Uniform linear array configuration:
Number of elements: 32
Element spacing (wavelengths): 1
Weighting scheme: exponential
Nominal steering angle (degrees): -15
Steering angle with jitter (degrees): -14.784
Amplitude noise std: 0.05
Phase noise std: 0.05

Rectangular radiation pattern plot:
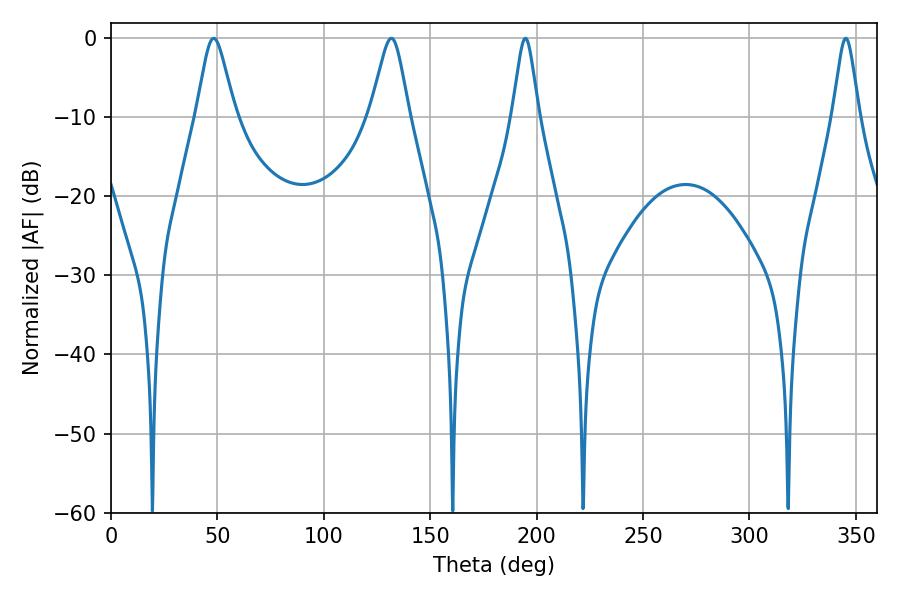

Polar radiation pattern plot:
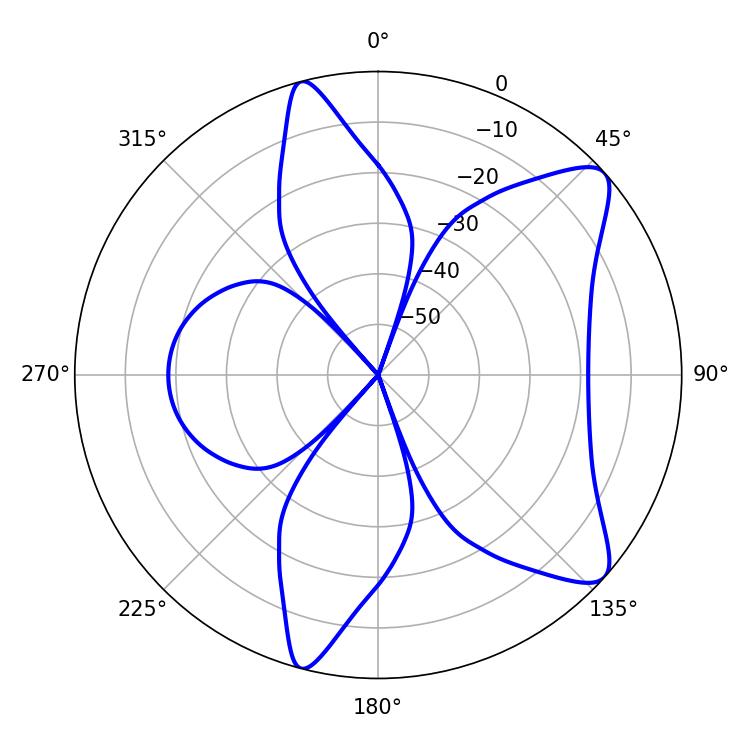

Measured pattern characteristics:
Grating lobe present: TRUE
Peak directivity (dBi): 9.47
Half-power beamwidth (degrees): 8.82
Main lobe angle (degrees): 48.24